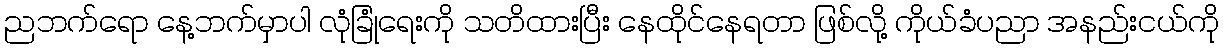
ညဘက်ရော နေ့ဘက်မှာပါ လုံခြုံရေးကို သတိထားပြီး နေထိုင်နေရတာ ဖြစ်လို့ ကိုယ်ခံပညာ အနည်းငယ်ကို